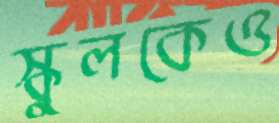
স্কুলকেও